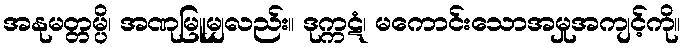
အနုမတ္တမ္ပိ၊ အဏုမြူမျှလည်း။ ဒုက္ကဋံ၊ မကောင်းသောအမှုအကျင့်ကို။